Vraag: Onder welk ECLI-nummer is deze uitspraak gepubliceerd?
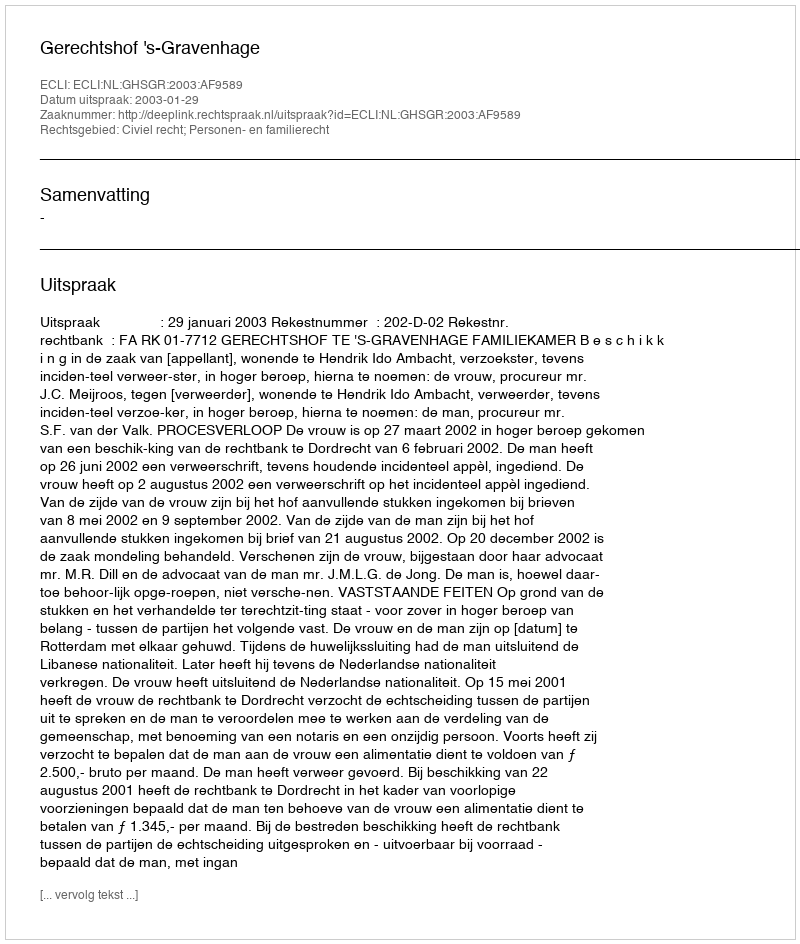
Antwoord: ECLI:NL:GHSGR:2003:AF9589